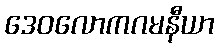
ဒေဝလောကဂမနီယာ